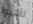
تأهبوا